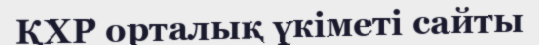
ҚХР орталық үкіметі сайты